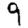
Digit: 9